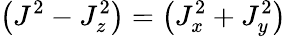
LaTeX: \left(J^{2}-J_{z}^{2}\right)=\left(J_{x}^{2}+J_{y}^{2}\right)